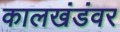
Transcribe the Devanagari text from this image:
कालखंडंवर